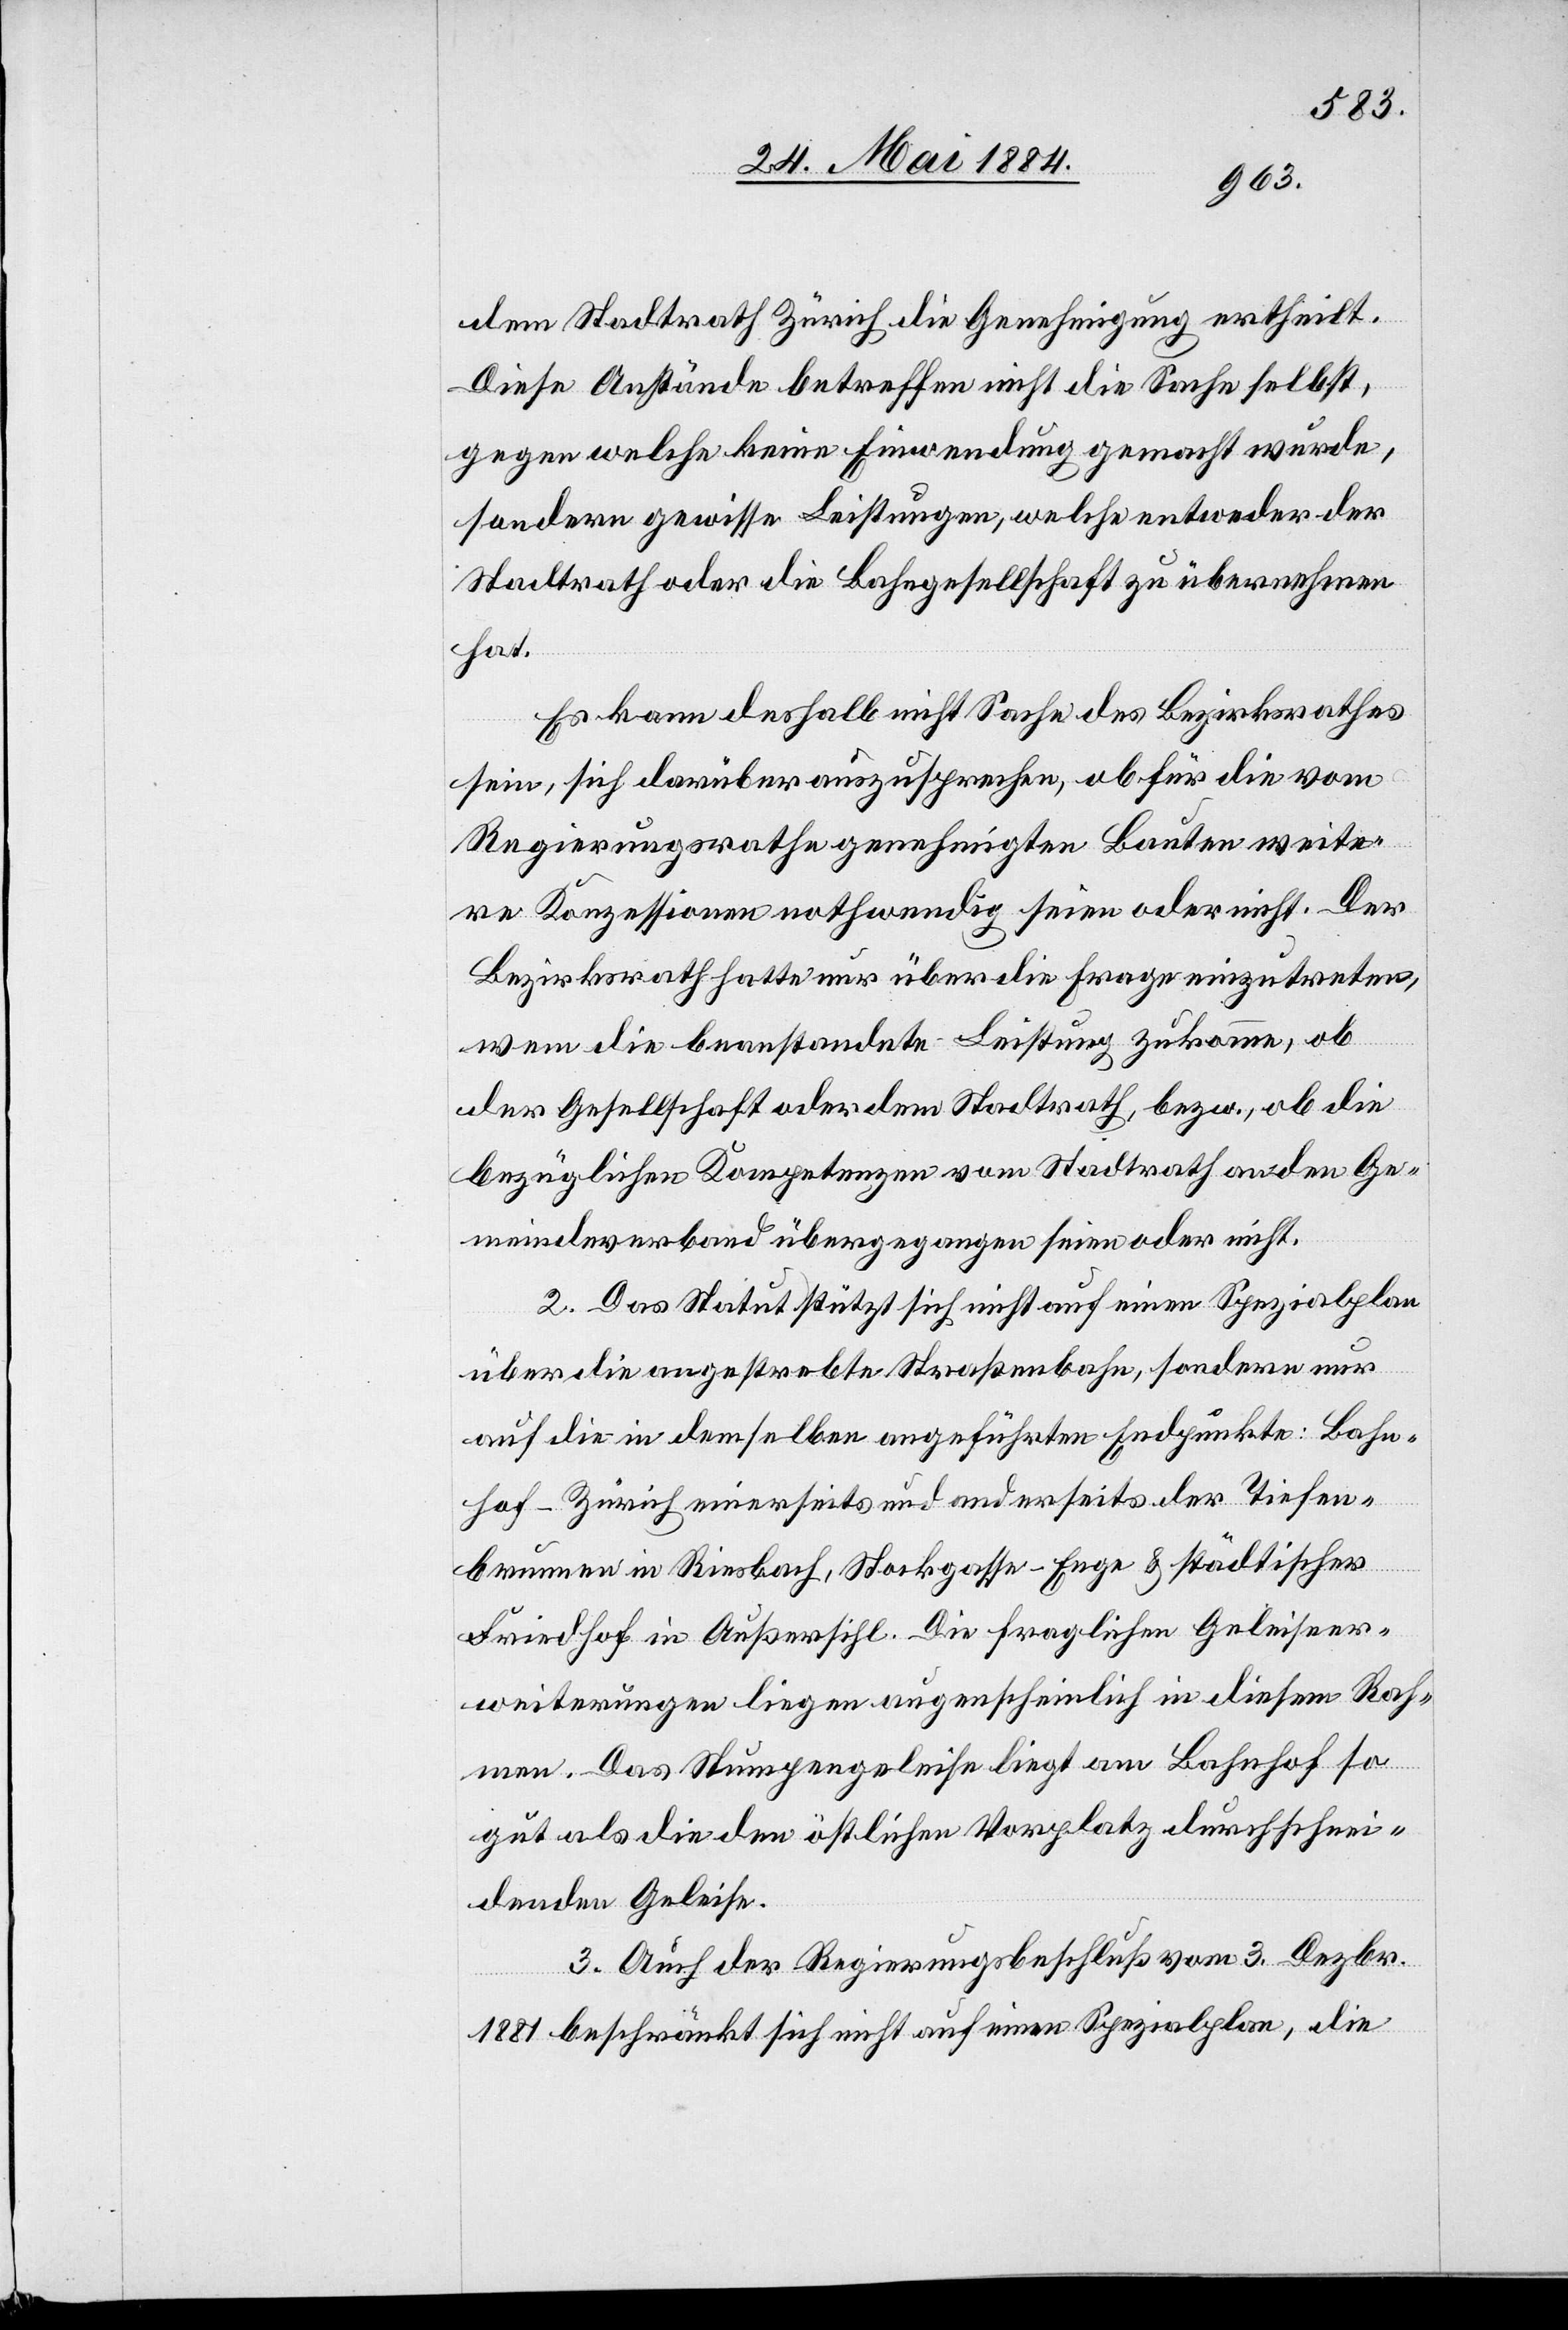
dem Stadtrath Zürich die Genehmigung ertheilt.
Diese Aufstände betreffen nicht die Sache selbst,
gegen welche keine Einwendung gemacht wurde,
sondern gewisse Leistungen, welche entweder der
Stadtrath oder die Bahngesellschaft zu übernehmen
hat.
Es kann deshalb nicht Sache des Bezirksrathes
sein, sich darüber auszusprechen, ob für die vom
Regierungsrathe genehmigten Bauten weite¬
re Konzessionen nothwendig seien oder nicht. Der
Bezirksrath hatte nur über die Frage einzutreten,
wem die beanstandete Leistung zukomme, ob
der Gesellschaft oder dem Stadtrath, bezw., ob die
bezüglichen Kompetenzen vom Stadtrath an den Ge¬
meindeverband übergegangen seien oder nicht.
2. Das Statut stützt sich nicht auf einen Spezialplan
über die angestrebte Straßenbahn, sondern nur
auf die in demselben angeführten Endpunkte: Bahn¬
hof - Zürich einerseits und anderseits der Tiefen¬
brunnen in Riesbach, Stockgasse - Enge & städtischer
Friedhof in Außersihl. Die fraglichen Geleiseer¬
weiterungen liegen augenscheinlich in diesem Rah¬
men. Das Stumpengeleise liegt am Bahnhof so
gut als die den östlichen Vorplatz durchschnei¬
denden Geleise.
3.Auch der Regierungsbeschluß vom 3. Dezbr.
1881 beschränkt sich nicht auf einen Spezialplan, die